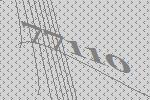
77110